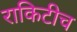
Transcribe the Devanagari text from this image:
राकिटीच